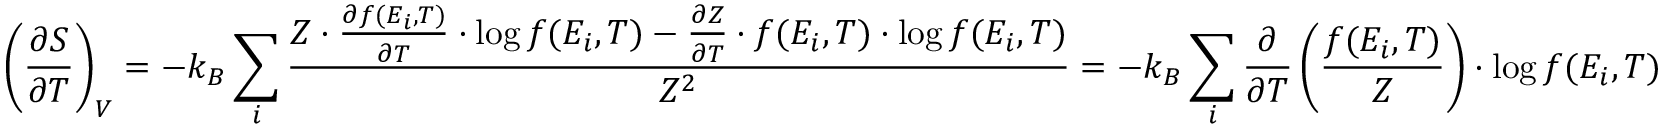
\left( { \frac { \partial S } { \partial T } } \right) _ { V } = - k _ { B } \sum _ { i } { \frac { Z \cdot { \frac { \partial f ( E _ { i } , T ) } { \partial T } } \cdot \log f ( E _ { i } , T ) - { \frac { \partial Z } { \partial T } } \cdot f ( E _ { i } , T ) \cdot \log f ( E _ { i } , T ) } { Z ^ { 2 } } } = - k _ { B } \sum _ { i } { \frac { \partial } { \partial T } } \left( { \frac { f ( E _ { i } , T ) } { Z } } \right) \cdot \log f ( E _ { i } , T )